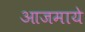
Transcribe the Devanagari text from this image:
आजमाये